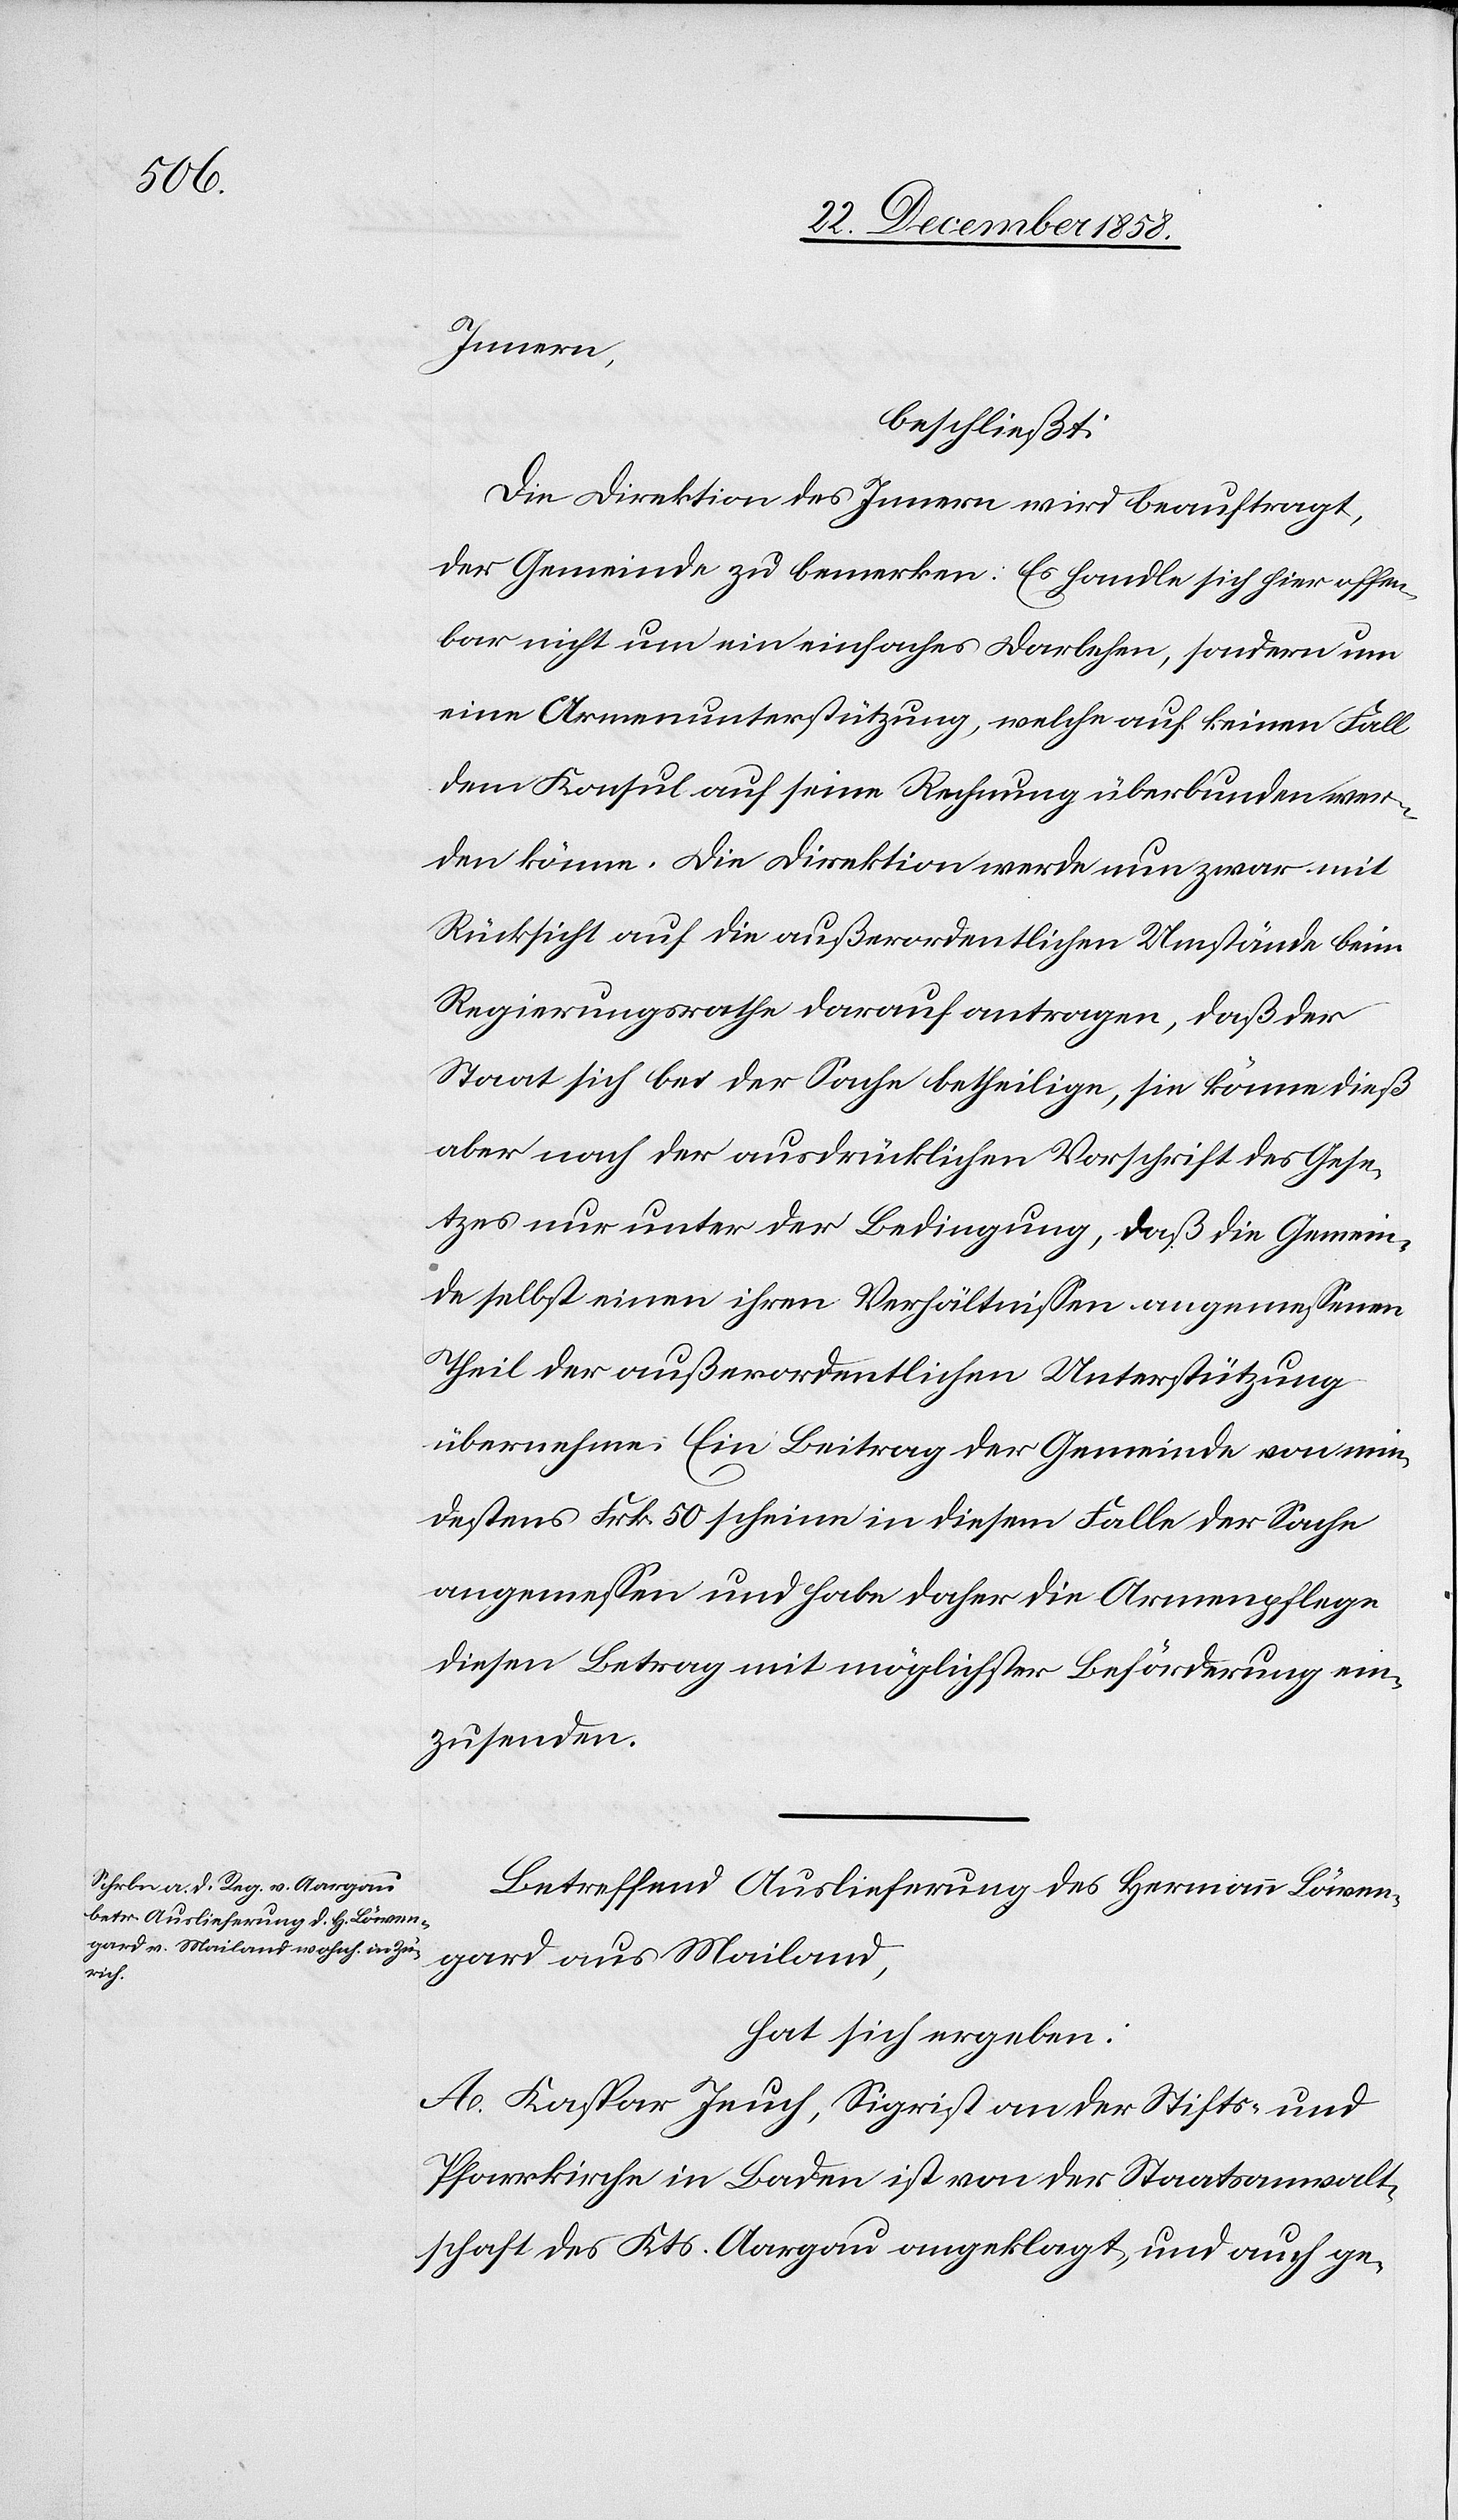
Innern,
beschließt:
Die Direktion des Innern wird beauftragt,
der Gemeinde zu bemerken: Es handle sich hier offen¬
bar nicht um ein einfaches Darlehen, sondern um
eine Armenunterstützung, welche auf keinen Fall
dem Konsul auf seine Rechnung überbunden wer¬
den könne. Die Direktion werde nun zwar mit
Rücksicht auf die außerordentlichen Umstände beim
Regierungsrathe darauf antragen, daß der
Staat sich bei der Sache betheilige, sie könne dieß
aber nach der ausdrücklichen Vorschrift des Gese¬
tzes nur unter der Bedingung, daß die Gemein¬
de selbst einen ihren Verhältnissen angemessenen
Theil der außerordentlichen Unterstützung
übernehme. Ein Beitrag der Gemeinde von min¬
destens Frk. 50 scheine in diesem Falle der Sache
angemessen und habe daher die Armenpflege
diesen Betrag mit möglichster Beförderung ein¬
zusenden.
Betreffend Auslieferung des Hermann Löwen¬
gard aus Mailand,
hat sich ergeben:
A. Kaspar Jeuch, Sigrist an der Stifts- und
Pfarrkirche in Baden ist von der Staatsanwalt¬
schaft des Kts. Aargau angeklagt, und auch ge-